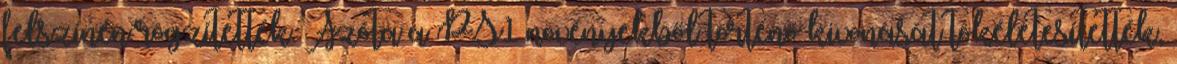
felszínén rögzítették. Azóta a PS1 növényekből történő kivonását tökéletesítették,